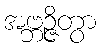
အဗ္ဘဉ္ဇိတွာ